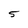
Character: 5